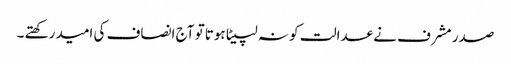
صدر مشرف نے عدالت کو نہ لپیٹا ہوتا تو آج انصاف کی امید رکھتے ۔